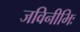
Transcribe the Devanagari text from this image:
जविनीभिः